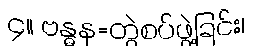
၄။ ဗန္ဓန=တွဲစပ်ဖွဲ့ခြင်း၊